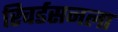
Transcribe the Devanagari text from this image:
रिचर्डसनला